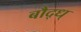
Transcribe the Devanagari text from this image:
बौद्ध्